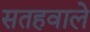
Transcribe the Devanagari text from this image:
सतहवाले